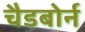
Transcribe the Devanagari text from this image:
चैडबोर्न